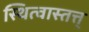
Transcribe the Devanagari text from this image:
स्थित्वास्तत्त्